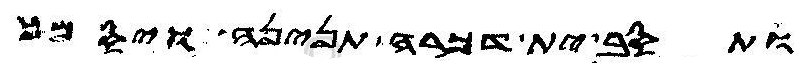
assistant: ותסב ית דכרה תנינה ויסמך